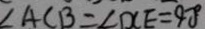
\angle A C B = \angle D C E = 9 0 ^ { \circ }